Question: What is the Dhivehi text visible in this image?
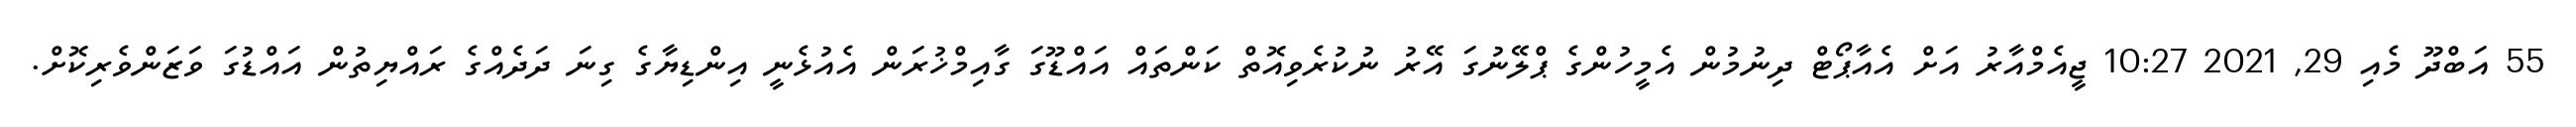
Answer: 55 އަބްދޫ މެއި 29, 2021 10:27 ޖީއެމްއާރު އަށް އެއާޕޯޓް ދިނުމުން އެމީހުންގެ ޕްލޭނުގަ އޭރު ނުކުރެވިއޮތް ކަންތައް އައްޑޫގަ ގާއިމްޚުރަން އެއުޅެނީ އިންޑިޔާގެ ގިނަ ދަދެއްގެ ރައްޔިތުން އައްޑުގަ ވަޒަންވެރިކޮށް.